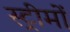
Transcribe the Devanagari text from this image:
स्ट्रीमों